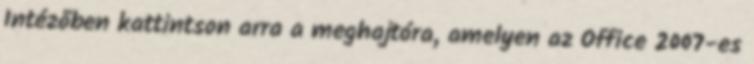
Intézőben kattintson arra a meghajtóra, amelyen az Office 2007-es